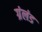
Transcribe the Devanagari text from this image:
ग्रंलंड